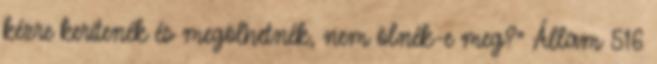
kézre kerítenék és megölhetnék, nem ölnék-e meg?” Állam 516